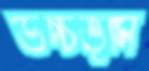
উচ্চভূমি